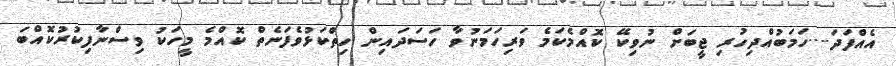
އެއްފަދަ....ހަމަބުއްދިހުރި ޖީބަށް ނުވިކޭ ކޮއްމެކަމެ ވަރިހަމަނުވާ ހަސަދައިން ހިތްކަޅުވެފަނެތް ކޮއްމެ މީހަކު ވިސްނާފިކުރުކޮއްބަ